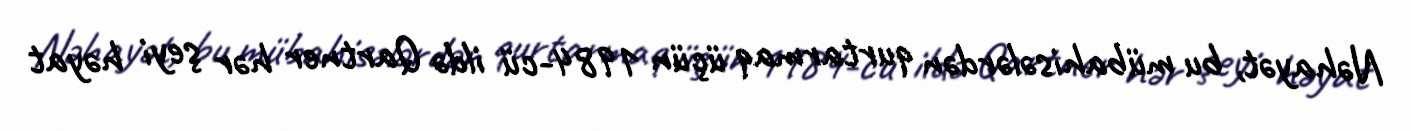
Nəhayət, bu mübahisələrdən qurtarmaq üçün 1984-cü ildə Qartner hər şeyi həyat